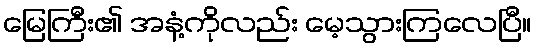
မြေကြီး၏ အနံ့ကိုလည်း မေ့သွားကြလေပြီ။